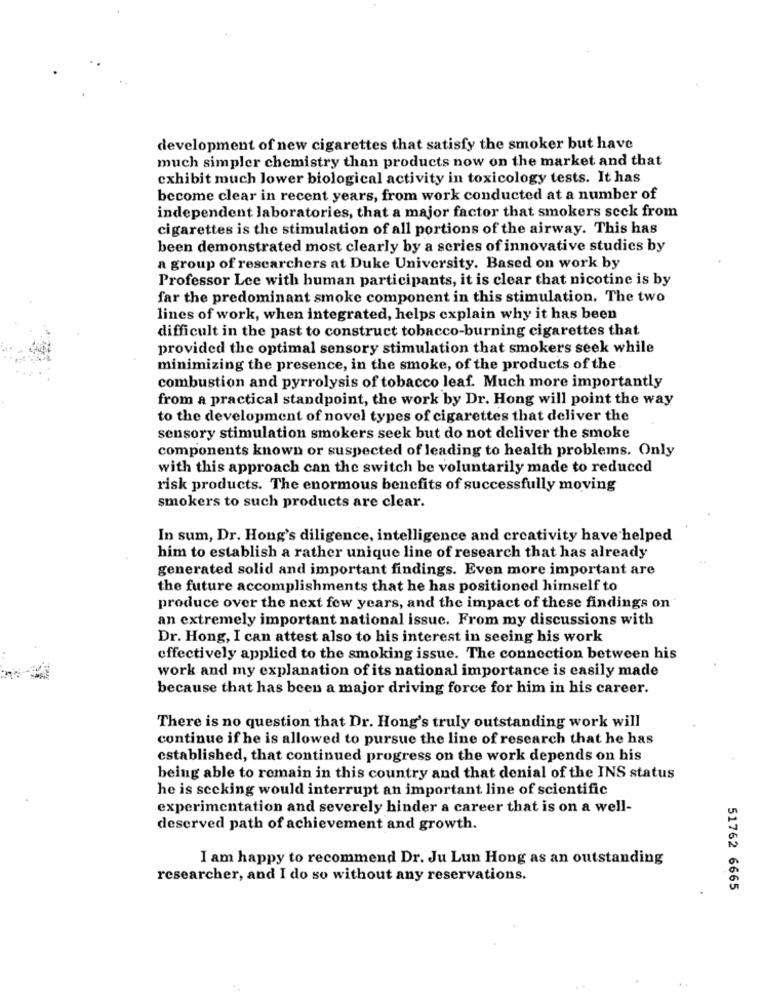
development of new cigarettes that satisfy the smoker but have
much simpler chemistry than products now on the market and that
exhibit much lower biological activity in toxicology tests. It has
become clear in recent years, from work conducted at a number of
independent laboratories, that a major factor that smokers seck from
cigarettes is the stimulation of all portions of the airway. This has
been demonstrated most clearly by a series of innovative studies by
a group of researchers at Duke University. Based on work by
Professor Lee with human participants, it is clear that nicotine is by
far the predominant smoke component in this stimulation. The two
lines of work, when integrated, helps explain why it has been
difficult in the past to construct tobacco-burning cigarettes that
provided the optimal sensory stimulation that smokers seek while
minimizing the presence, in the smoke, of the products of the
combustion and pyrrolysis of tobacco leaf. Much more importantly
from a practical standpoint, the work by Dr. Hong will point the way
to the development of novel types of cigarettes that deliver the
sensory stimulation smokers seek but do not deliver the smoke
components known or suspected of leading to health problems. Only
with this approach can the switch be voluntarily made to reduced
risk products. The enormous benefits of successfully moving
smokers to such products are clear.
In sum, Dr. Hong's diligence, intelligence and creativity have helped
him to establish a rather unique line of research that has already
generated solid and important findings. Even more important are
the future accomplishments that he has positioned himself to
produce over the next few years, and the impact of these findings on
an extremely important national issue. From my discussions with
Dr. Hong, I can attest also to his interest in seeing his work
effectively applied to the smoking issue. The connection between his
work and my explanation of its national importance is easily made
because that has been a major driving force for him in his career.
There is no question that Dr. Hong's truly outstanding work will
continue if he is allowed to pursue the line of research that he has
established, that continued progress on the work depends on his
being able to remain in this country and that denial of the INS status
he is seeking would interrupt an important line of scientific
experimentation and severely hinder a career that is on a well-
deserved path of achievement and growth.
I am happy to recommend Dr. Ju Lun Hong as an outstanding
researcher, and I do so without any reservations.
51762 6665